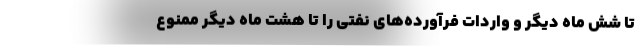
تا شش ماه دیگر و واردات فرآورده‌های نفتی را تا هشت ماه دیگر ممنوع